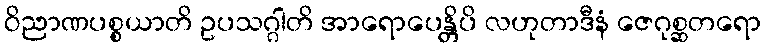
ဝိညာဏပစ္စယာတိ ဥပသဂ္ဂါတိ အာရောပေန္တိပိ လဟုတာဒီနံ ဇေဂုစ္ဆတရော